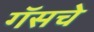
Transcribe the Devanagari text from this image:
गॅसचे